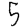
Digit: 5